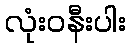
လုံးဝနီးပါး